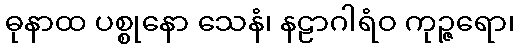
ဓုနာထ ပစ္စုနော သေနံ၊ နဠာဂါရံဝ ကုဉ္ဇရော၊